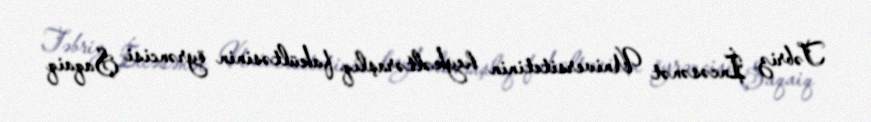
Təbriz İncəsənət Universitetinin heykəltəraşlıq fakültəsinin öyrəncisi Şaqaiq